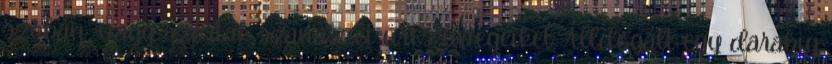
szobán, vagy szórták szanaszét üres üvegeiket. Álldogált egy darabig